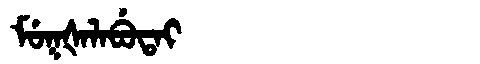
Manchu: ᠮᡠᡴᡧᠠᠯᠠᠪᡠᡨᠠᡳ
Romanization: MUKŠALABUTAI